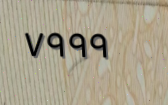
٧٩٩٩